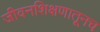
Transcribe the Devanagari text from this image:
जीवनशिक्षणातूनच